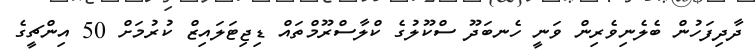
ދާދިފަހުން ބެލެނިވެރިން ވަނީ ހެނބަދޫ ސްކޫލުގެ ކްލާސްރޫމްތައް ޑިޖިޓަލައިޒް ކުރުމަށް 50 އިންޗީގެ